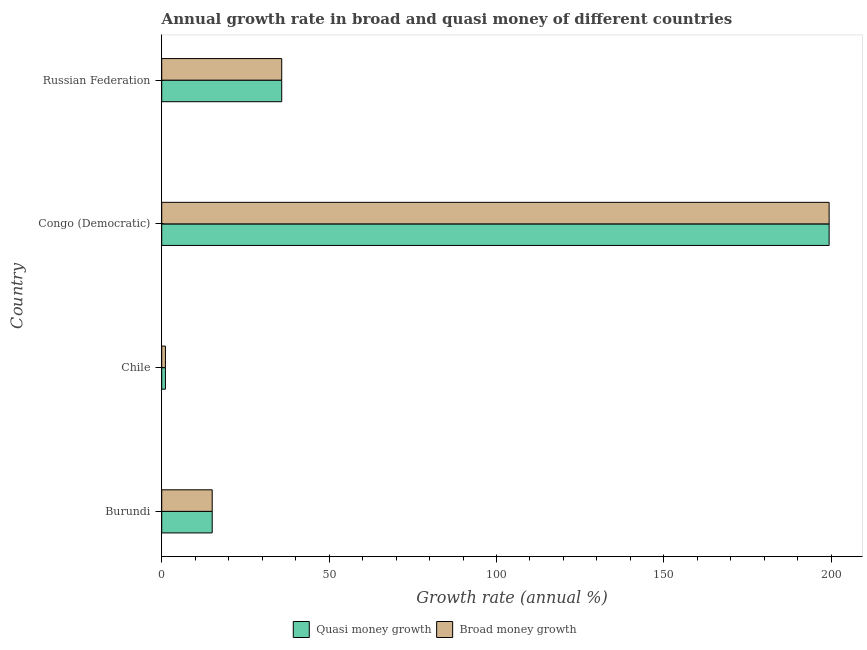
| Country | Quasi money growth | Broad money growth |
 | --- | --- | --- |
 | Burundi | 15.1 | 15.1 |
 | Chile | 1.11 | 1.11 |
 | Congo (Democratic) | 199 | 199 |
 | Russian Federation | 35.8 | 35.8 |